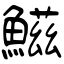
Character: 鰦